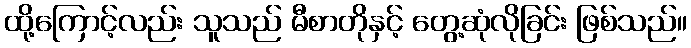
ထို့ကြောင့်လည်း သူသည် မီစာတိုနှင့် တွေ့ဆုံလိုခြင်း ဖြစ်သည်။